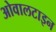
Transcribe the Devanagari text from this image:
ओवालटाइन